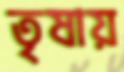
তৃষায়